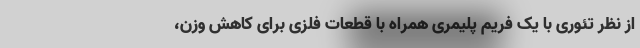
از نظر تئوری با یک فریم پلیمری همراه با قطعات فلزی برای کاهش وزن،